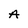
Character: A